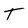
Character: T